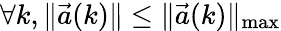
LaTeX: \forall k,\| \vec{a}(k)\| \leq\| \vec{a}(k)\| _{\operatorname*{max}}